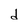
Character: d